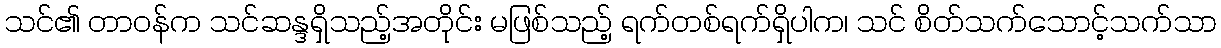
သင်၏ တာဝန်က သင်ဆန္ဒရှိသည့်အတိုင်း မဖြစ်သည့် ရက်တစ်ရက်ရှိပါက၊ သင် စိတ်သက်သောင့်သက်သာ